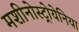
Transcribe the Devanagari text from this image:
मशीनोस्ट्रोयेनिया